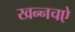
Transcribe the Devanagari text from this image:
खन्नचऐ